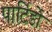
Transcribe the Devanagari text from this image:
पार्टिडो